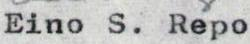
Eino S. Repo